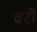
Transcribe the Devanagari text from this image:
बरीं